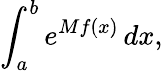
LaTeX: \int_{a}^{b}e^{Mf(x)}\, dx,